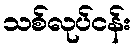
သစ်လုပ်ငန်း